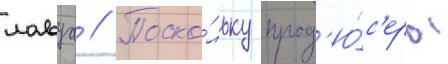
лавуа // Поско́льку прод'ю́с'еры